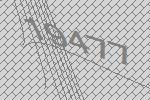
19477